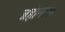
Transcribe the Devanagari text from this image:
जहांनारा